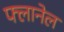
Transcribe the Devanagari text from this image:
फ्लानेल